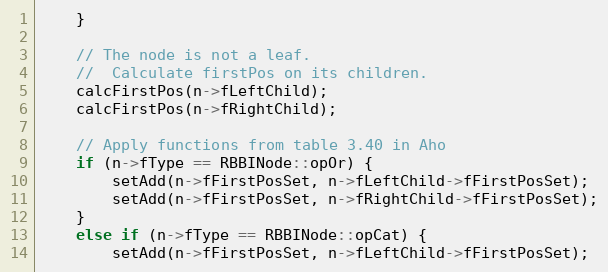
Language: C++
    }

    // The node is not a leaf.
    //  Calculate firstPos on its children.
    calcFirstPos(n->fLeftChild);
    calcFirstPos(n->fRightChild);

    // Apply functions from table 3.40 in Aho
    if (n->fType == RBBINode::opOr) {
        setAdd(n->fFirstPosSet, n->fLeftChild->fFirstPosSet);
        setAdd(n->fFirstPosSet, n->fRightChild->fFirstPosSet);
    }
    else if (n->fType == RBBINode::opCat) {
        setAdd(n->fFirstPosSet, n->fLeftChild->fFirstPosSet);